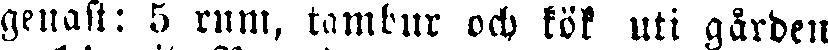
genast: 5 rum. tambur och kök uti gården